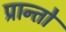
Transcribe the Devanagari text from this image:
प्रान्‍तो